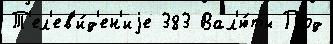
Т'ел'ев'и́д'ен'иjе 383 Вал'ю́ты Под